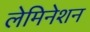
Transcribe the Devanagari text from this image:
लेमिनेशन